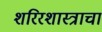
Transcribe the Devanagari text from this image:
शरिरशास्त्राचा